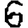
Digit: 6